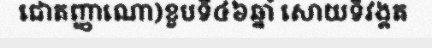
ជោតញ្ញាណោ)ខួបទី៤៦ឆ្នាំ សោយទិវង្គត